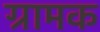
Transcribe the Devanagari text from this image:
ग्रामक